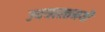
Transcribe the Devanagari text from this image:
उदयास्तमयौ